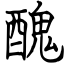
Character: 醜